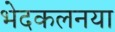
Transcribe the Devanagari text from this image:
भेदकलनया